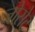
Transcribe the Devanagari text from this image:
जोसेट